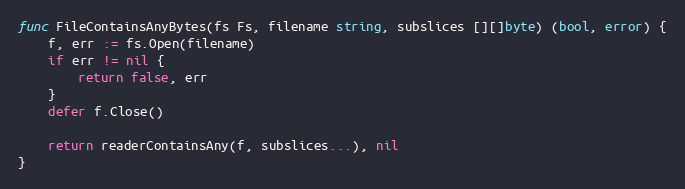
Language: Go
func FileContainsAnyBytes(fs Fs, filename string, subslices [][]byte) (bool, error) {
	f, err := fs.Open(filename)
	if err != nil {
		return false, err
	}
	defer f.Close()

	return readerContainsAny(f, subslices...), nil
}